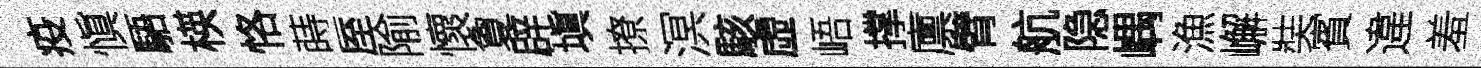
疫愼䮏楧恪蒔厔隃懷夐辟塡撩溟駭虛峿撑廪臂航隐嵎漁嶰奘賓違羞